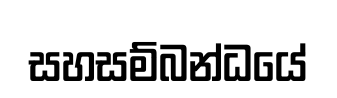
සහසම්බන්ධයේ